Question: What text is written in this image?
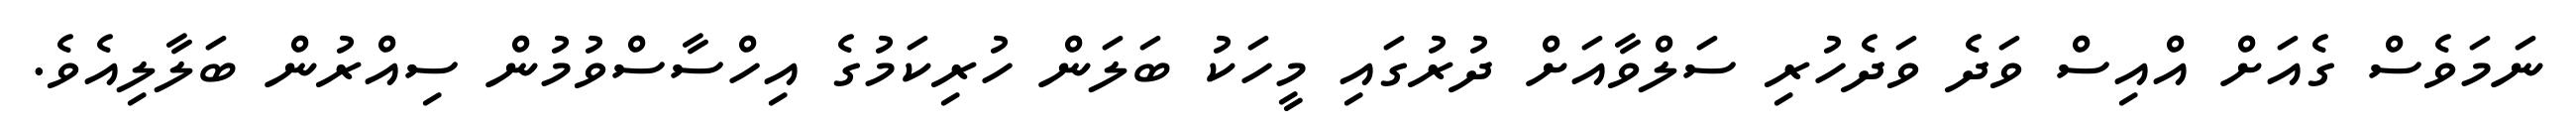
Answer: ނަމަވެސް ގެއަށް އްއިސް ވަދެ ވަދެހުރި ސަލްވާއަށް ދުރުގައި މީހަކު ބަލަން ހުރިކަމުގެ އިހްސާސްވުމުން ސިއްރުން ބަލާލިއެވެ.